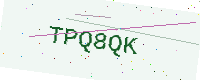
Text: TPQ8QK